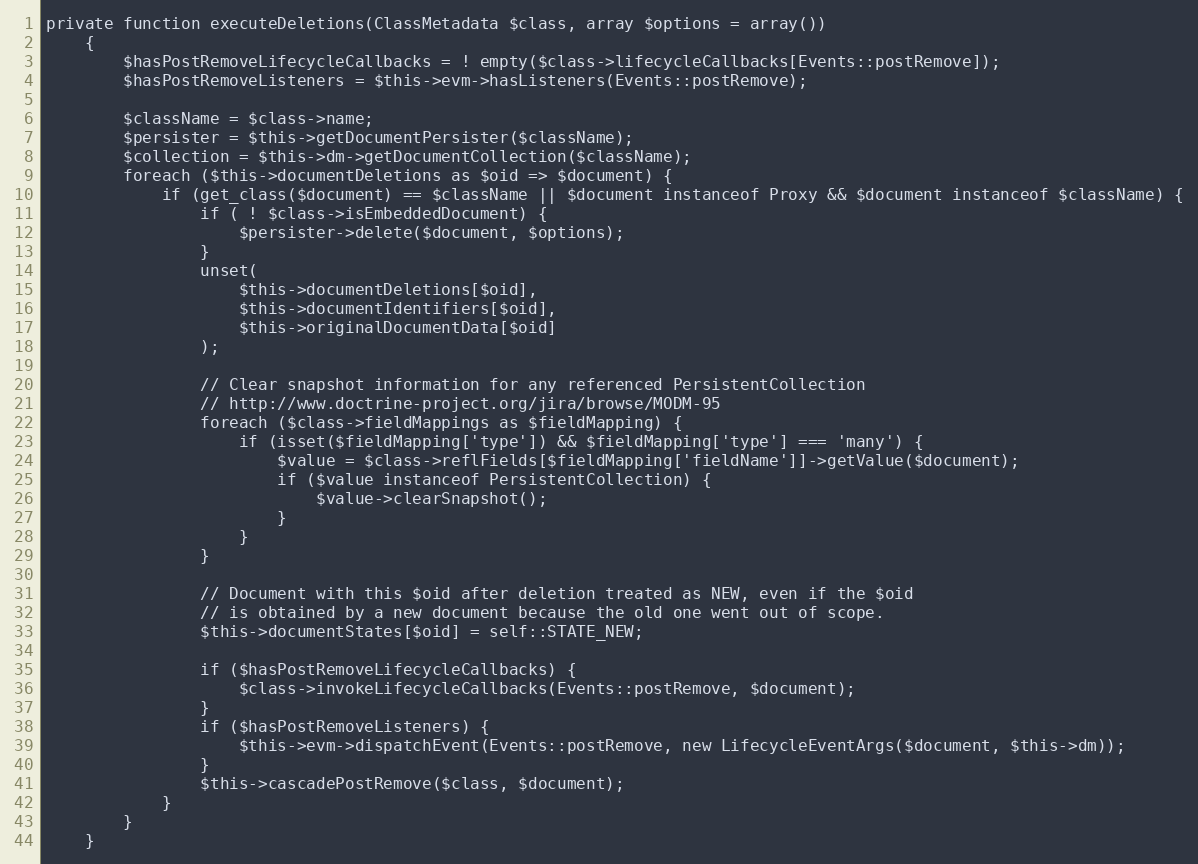
Language: PHP
private function executeDeletions(ClassMetadata $class, array $options = array())
    {
        $hasPostRemoveLifecycleCallbacks = ! empty($class->lifecycleCallbacks[Events::postRemove]);
        $hasPostRemoveListeners = $this->evm->hasListeners(Events::postRemove);

        $className = $class->name;
        $persister = $this->getDocumentPersister($className);
        $collection = $this->dm->getDocumentCollection($className);
        foreach ($this->documentDeletions as $oid => $document) {
            if (get_class($document) == $className || $document instanceof Proxy && $document instanceof $className) {
                if ( ! $class->isEmbeddedDocument) {
                    $persister->delete($document, $options);
                }
                unset(
                    $this->documentDeletions[$oid],
                    $this->documentIdentifiers[$oid],
                    $this->originalDocumentData[$oid]
                );

                // Clear snapshot information for any referenced PersistentCollection
                // http://www.doctrine-project.org/jira/browse/MODM-95
                foreach ($class->fieldMappings as $fieldMapping) {
                    if (isset($fieldMapping['type']) && $fieldMapping['type'] === 'many') {
                        $value = $class->reflFields[$fieldMapping['fieldName']]->getValue($document);
                        if ($value instanceof PersistentCollection) {
                            $value->clearSnapshot();
                        }
                    }
                }

                // Document with this $oid after deletion treated as NEW, even if the $oid
                // is obtained by a new document because the old one went out of scope.
                $this->documentStates[$oid] = self::STATE_NEW;

                if ($hasPostRemoveLifecycleCallbacks) {
                    $class->invokeLifecycleCallbacks(Events::postRemove, $document);
                }
                if ($hasPostRemoveListeners) {
                    $this->evm->dispatchEvent(Events::postRemove, new LifecycleEventArgs($document, $this->dm));
                }
                $this->cascadePostRemove($class, $document);
            }
        }
    }